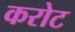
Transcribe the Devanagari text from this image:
करोट